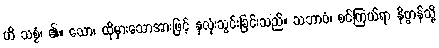
ဟိ သစ္စံ၊ ၏။ သော၊ ထိုမှားသောအားဖြင့် နှလုံးသွင်းခြင်းသည်။ သဘာဝံ၊ စင်ကြယ်ရာ နိဗ္ဗာန်သို့